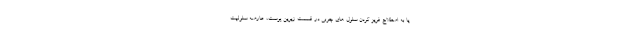
یا به اصطلاح فریز کردن سلول های چربی در قسمت زیرین پوست، عارضه سلولیت